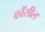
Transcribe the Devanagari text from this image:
कौंसील